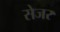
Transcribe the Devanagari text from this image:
सेजर